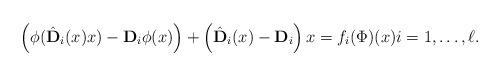
LaTeX: \begin{align*}\left(\phi(\hat {\mathbf D}_i(x)x)-{\mathbf D}_i\phi(x)\right) +\left(\hat {\mathbf D}_i(x)-{\mathbf D}_i\right)x = f_i(\Phi)(x)i=1,\ldots, \ell.\end{align*}